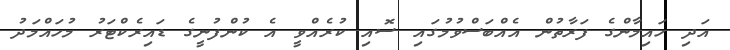
އަދި ހައިމާންގެ ފަރާތުން އެއްބަސްވުމުގައި ސޮއި ކުރެއްވީ އެ ކުންފުނީގެ ޑައިރެކްޓަރު މުހައްމަަދު